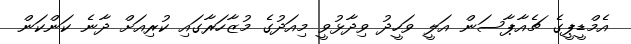
އެމްޑީޕީގެ ޗެއާޕާސަން އަލީ ވަހީދު ވިދާޅުވީ މިއަދުގެ މުޒާހަރާގައި ކުރިއަށް ދާނެ ކަންކަން